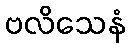
ဗလိသေနံ